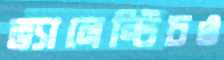
ভ্যালেন্টিচও